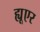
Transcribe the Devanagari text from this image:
ह्यूएर